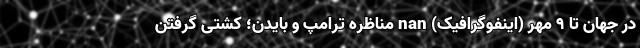
در جهان تا ۹ مهر (اینفوگرافیک) nan مناظره ترامپ و بایدن؛ کُشتی گرفتن